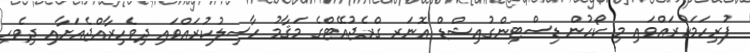
ފުރިހަމަކުރައްވައި މި ކޯހުން ޑިސްޓިންގުއިޝްޑް އޮނަރ ގްރެޖުއޭޓްގެ މަޤާމު ހާސިލުކުރައްވައި ދިވެހިރާއްޖެއަށާއި ދިވެހި